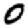
Digit: 0